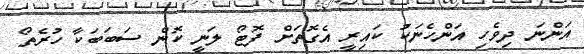
އަންނަ ދިވެހި އަންހެނަކު ކައިރީ އެގޮތަށް ފޮޓޯ ލަނީ ކޮން ސަބަބަކާ ހުރެތޯ